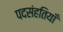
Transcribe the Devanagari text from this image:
पदसंहतियाँ